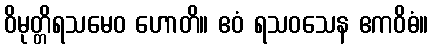
ဝိမုတ္တိရသမေဝ ဟောတိ။ ဧဝံ ရသဝသေန ဧကဝိဓံ။